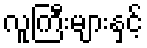
လူကြီးများနှင့်